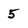
Character: 5